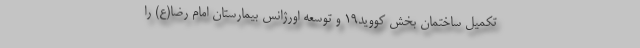
تکمیل ساختمان بخش کووید۱۹ و توسعه اورژانس بیمارستان امام رضا(ع) را